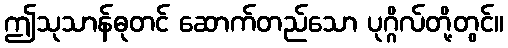
ဤသုသာန်ဓုတင် ဆောက်တည်သော ပုဂ္ဂိလ်တို့တွင်။